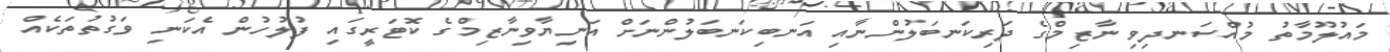
މައުލޫމާތު މުއްސަނދިވި ނާޒިމްގެ ދަރިކަނބަލުންނާއި އަނބިކަނބަލުންނަށް އަނިޔާވިނާޒިމްގެ ކޮޓަރީގައި ފުލުހުން އެކަނި ވަގުތުތަކެެއް